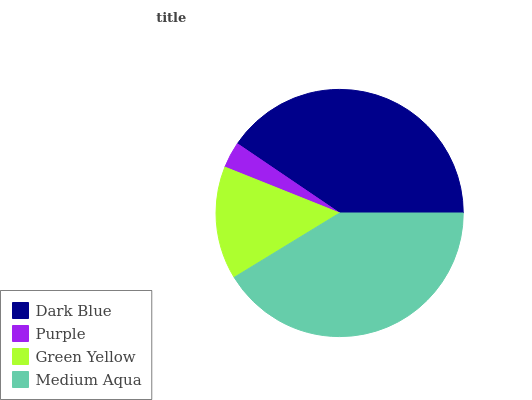
| Dark Blue | Purple | Green Yellow | Medium Aqua |
 | --- | --- | --- | --- |
 | 40.6% | 3.42% | 14.8% | 41.2% |